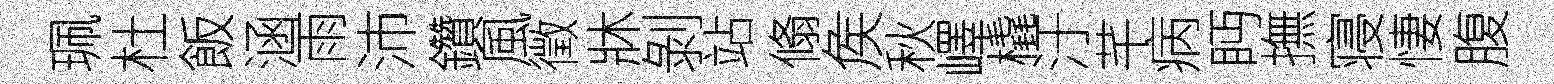
珮杜飯涵雨沛鑽風徵牀剝站翛矦秋嶧橇汙芊病眄撫寝悽腹